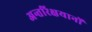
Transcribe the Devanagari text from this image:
अन्तरिक्षयानों